Problem: 8 × 7 = ?
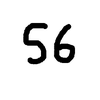
Handwritten answer: 56